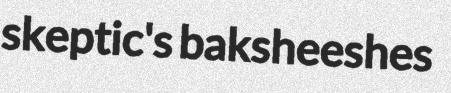
skeptic's baksheeshes